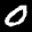
Label: 0